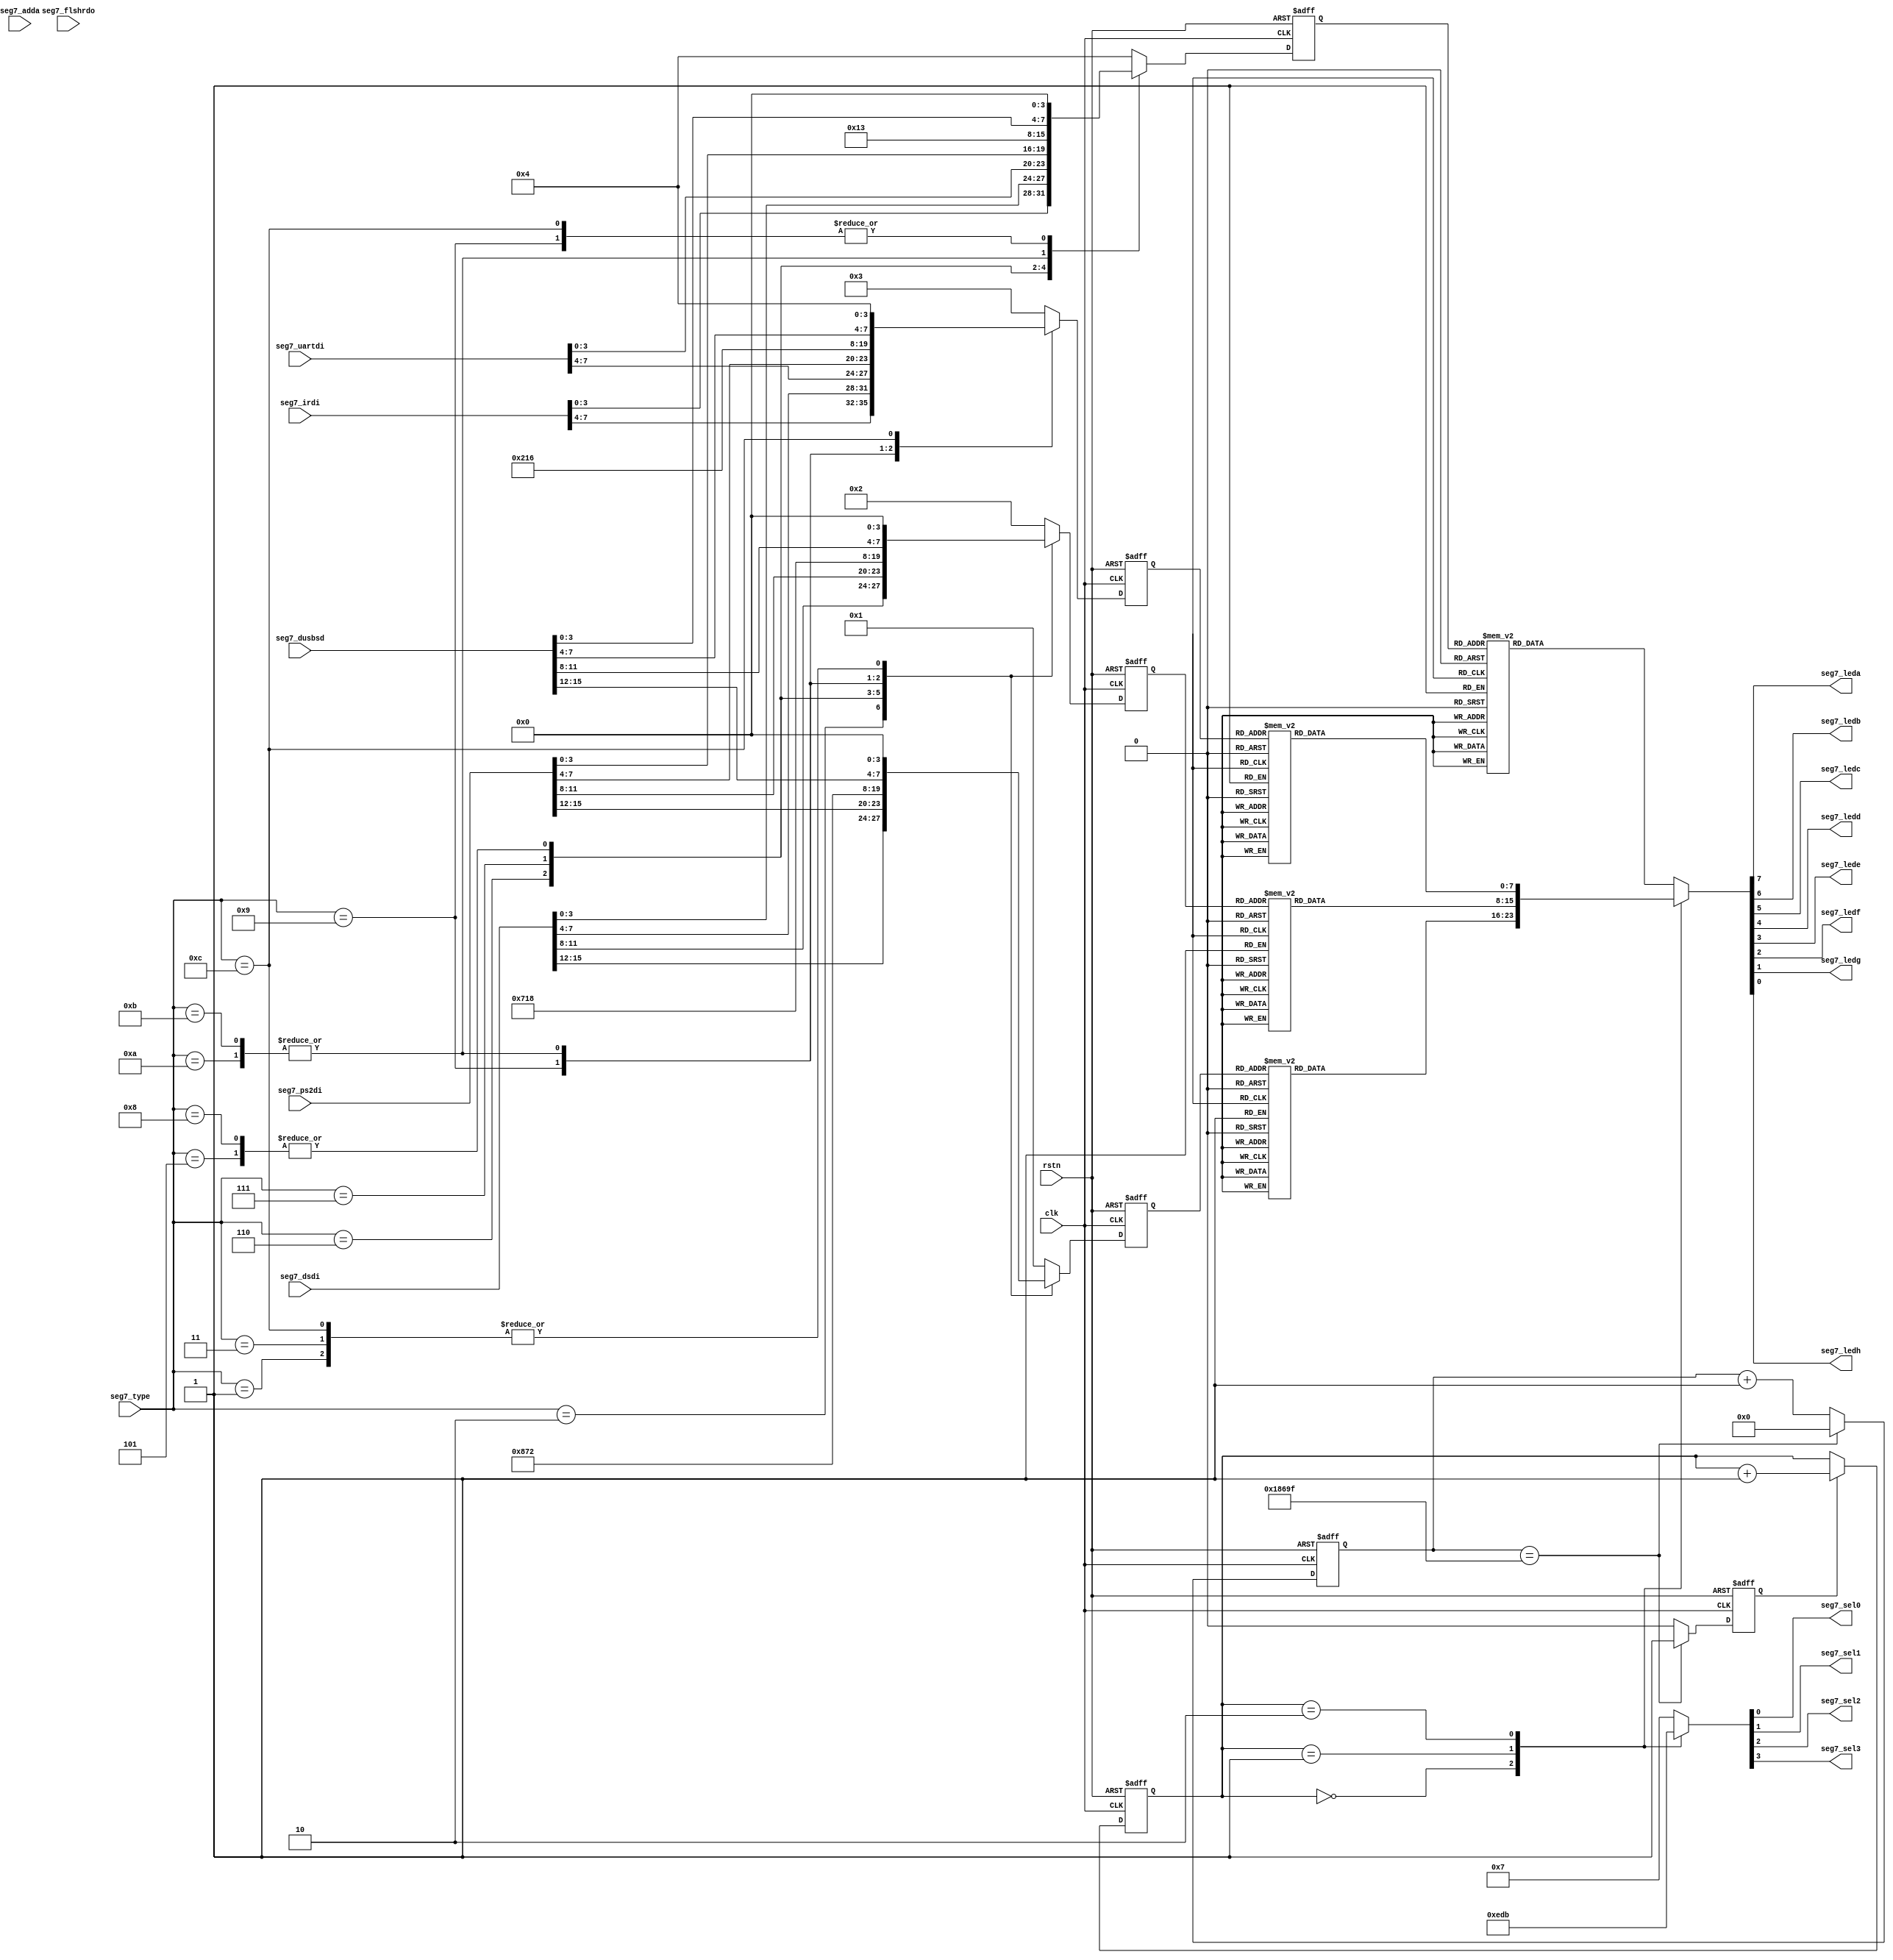
//====================================================================================

  //  Data             :     2013-03-10
  //  Rev              :     1.0
  //  HomePage         :     hevc265.taobao.com       
   
//====================================================================================
  


//====================================================================================



`timescale 1ns / 1ps


module seg7_led(
	       rstn,	
               clk,
               seg7_type, 
               seg7_adda,
               seg7_irdi,
               seg7_dsdi,
               seg7_uartdi,
               seg7_ps2di,
               seg7_flshrdo,
               seg7_dusbsd,

               seg7_leda,      
               seg7_ledb,
               seg7_ledc,
               seg7_ledd,
               seg7_lede,
               seg7_ledf,
               seg7_ledg,
               seg7_ledh,                  
               seg7_sel0,
               seg7_sel1,
               seg7_sel2,
               seg7_sel3                                  		  		  
	      );     
			  
			  
			  
input rstn;	
input clk;
input [3:0]seg7_type;
input [15:0]seg7_adda;
input [7:0]seg7_irdi;
input [15:0]seg7_dsdi;
input [7:0]seg7_uartdi;
input [15:0]seg7_ps2di;
input [15:0]seg7_flshrdo;
input [15:0]seg7_dusbsd;

output seg7_leda;      
output seg7_ledb;
output seg7_ledc;
output seg7_ledd;
output seg7_lede;
output seg7_ledf;
output seg7_ledg;
output seg7_ledh;                  
output seg7_sel0;
output seg7_sel1;
output seg7_sel2;
output seg7_sel3;


wire seg7_leda;      
wire seg7_ledb;
wire seg7_ledc;
wire seg7_ledd;
wire seg7_lede;
wire seg7_ledf;
wire seg7_ledg;
wire seg7_ledh;                  
wire seg7_sel0;
wire seg7_sel1;
wire seg7_sel2;
wire seg7_sel3;

//====================================================

reg time1ms;
reg [16:0]timecnt;
reg [5:0]tmscnt;


reg [1:0]ledsel;

reg [3:0]seg7_sel;
reg [7:0]seg7_dat;

reg [3:0]led_data0;
reg [3:0]led_data1;
reg [3:0]led_data2;
reg [3:0]led_data3;

reg [7:0]seg7_dat0;
reg [7:0]seg7_dat1;
reg [7:0]seg7_dat2;
reg [7:0]seg7_dat3;

//--assign seg7_leda = seg7_dat[0];      
//--assign seg7_ledb = seg7_dat[1];
//--assign seg7_ledc = seg7_dat[2];
//--assign seg7_ledd = seg7_dat[3];
//--assign seg7_lede = seg7_dat[4];
//--assign seg7_ledf = seg7_dat[5];
//--assign seg7_ledg = seg7_dat[6];
//--assign seg7_ledh = seg7_dat[7]; 

assign seg7_leda = seg7_dat[7];      
assign seg7_ledb = seg7_dat[6];
assign seg7_ledc = seg7_dat[5];
assign seg7_ledd = seg7_dat[4];
assign seg7_lede = seg7_dat[3];
assign seg7_ledf = seg7_dat[2];
assign seg7_ledg = seg7_dat[1];
assign seg7_ledh = seg7_dat[0]; 
                 
assign seg7_sel0 = seg7_sel[0];       //-- 
assign seg7_sel1 = seg7_sel[1];
assign seg7_sel2 = seg7_sel[2];
assign seg7_sel3 = seg7_sel[3];       //-- 


always @(posedge clk or negedge rstn)  
begin
     if(!rstn)
     	  begin
               timecnt <= 17'd0;
               time1ms <= 1'b0;
               tmscnt <= 6'd0;
               
               ledsel <= 2'd0;
     	  end
     else 
          begin
               if(timecnt==17'h1869f)       //-- when clk=100Mhz
                   begin
                        timecnt <= 17'd0;
                        time1ms <= 1'b1;    //-- 1ms; keep 1clk;
                   end
               else
                   begin
                        time1ms <= 1'b0;
                        timecnt <= timecnt + 1'b1;
                   end
        
          
               if(time1ms==1'b1)
                  begin
                       ledsel[1:0] <= ledsel[1:0] + 1'b1;
                  end
             
          end
end



always @ (ledsel[1:0])
begin
  case(ledsel[1:0])
    2'd0:     seg7_sel = 4'b1110;
    2'd1:     seg7_sel = 4'b1101;
    2'd2:     seg7_sel = 4'b1011;
    default:  seg7_sel = 4'b0111;
  endcase
end


always @ (ledsel[1:0] or seg7_dat0 or seg7_dat1 or seg7_dat2 or seg7_dat3)
begin
  case(ledsel[1:0])
    2'd0:     seg7_dat = seg7_dat0;       //--  =0
    2'd1:     seg7_dat = seg7_dat1; 
    2'd2:     seg7_dat = seg7_dat2; 
    default:  seg7_dat = seg7_dat3; 
  endcase
end


//================================


always @(posedge clk or negedge rstn) 
begin
     if(!rstn)
     	  begin
                led_data0 <= 4'd0;
                led_data1 <= 4'd0;
                led_data2 <= 4'd0;
                led_data3 <= 4'd0;
     	  end
     else
          begin
               case(seg7_type[3:0])
                  4'd0:                         //-- 
                       begin
                           led_data0 <= 4'h1;
                           led_data1 <= 4'h2;
                           led_data2 <= 4'h3;
                           led_data3 <= 4'h4;                       
                       end

                  4'd1:                         //-- 
                       begin
                           led_data0 <= 4'h0;
                           led_data1 <= 4'h0;
                           led_data2 <= seg7_irdi[7:4];
                           led_data3 <= seg7_irdi[3:0];                       
                       end

                  4'd2:                         //-- DS1302 RTC
                       begin
                           led_data0 <= seg7_dsdi[15:12];
                           led_data1 <= seg7_dsdi[11:8];
                           led_data2 <= seg7_dsdi[7:4];
                           led_data3 <= seg7_dsdi[3:0];                       
                       end

                  4'd3:                             //--               
                       begin
                           led_data0 <= 4'h0;
                           led_data1 <= 4'h0;
                           led_data2 <= seg7_uartdi[7:4];
                           led_data3 <= seg7_uartdi[3:0];                       
                       end 

                  4'd6:                        
                       begin
                           led_data0 <= seg7_ps2di[15:12];
                           led_data1 <= seg7_ps2di[11:8];
                           led_data2 <= seg7_ps2di[7:4];
                           led_data3 <= seg7_ps2di[3:0];                       
                       end

                  4'd5:                         
                       begin
                           led_data0 <= 4'h7;
                           led_data1 <= 4'h1;
                           led_data2 <= 4'h2;
                           led_data3 <= 4'h3;                       
                       end 
                                           

                  4'd7:                                 //--  WM8731
                       begin
                           led_data0 <= 4'h8;
                           led_data1 <= 4'h7;
                           led_data2 <= 4'h3;
                           led_data3 <= 4'h1;                       
                       end
                       
                  4'd8:                                //--  SAA7113H
                       begin
                           led_data0 <= 4'h7;
                           led_data1 <= 4'h1;
                           led_data2 <= 4'h1;
                           led_data3 <= 4'h3;                       
                       end     
                       
                  4'd9:                               //--  ENC28J60                    
                       begin
                           led_data0 <= 4'h2;
                           led_data1 <= 4'h8;
                           led_data2 <= 4'h6;
                           led_data3 <= 4'h0;                       
                       end  
                       
                  4'd10:                               //-- USB HOST                  
                       begin                                //-- USB 8888 
                           led_data0 <= seg7_dusbsd[15:12];   
                           led_data1 <= seg7_dusbsd[11:8];
                           led_data2 <= seg7_dusbsd[7:4];
                           led_data3 <= seg7_dusbsd[4:0];                       
                       end    
                       
                  4'd11:                               //-- SD                  
                       begin                                    //-- SD 6666 
                           led_data0 <= seg7_dusbsd[15:12];     
                           led_data1 <= seg7_dusbsd[11:8];      
                           led_data2 <= seg7_dusbsd[7:4];       
                           led_data3 <= seg7_dusbsd[4:0];                            
                       end                                                                                  

                  4'd12:                               //--  0034  34IO                  
                       begin
                           led_data0 <= 4'h0;
                           led_data1 <= 4'h0;
                           led_data2 <= 4'h4;
                           led_data3 <= 4'h0;                       
                       end  
                  
                  default:
                       begin
                           begin
                               led_data0 <= 4'h1;
                               led_data1 <= 4'h2;
                               led_data2 <= 4'h3;
                               led_data3 <= 4'h4;                       
                           end                       
                       end     
                      
                endcase
          
          end 
end





always @(led_data0[3:0])
begin
  case(led_data0[3:0])
    4'h0:     seg7_dat0 = 8'h03;
    4'h1:     seg7_dat0 = 8'h9f;       //--  =0
    4'h2:     seg7_dat0 = 8'h25; 
    4'h3:     seg7_dat0 = 8'h0d; 
    4'h4:     seg7_dat0 = 8'h99; 
    4'h5:     seg7_dat0 = 8'h49;
    4'h6:     seg7_dat0 = 8'h41;
    4'h7:     seg7_dat0 = 8'h1f;
    
    4'h8:      seg7_dat0 = 8'h01;   
    4'h9:      seg7_dat0 = 8'h09;
    4'ha:      seg7_dat0 = 8'h11;
    4'hb:      seg7_dat0 = 8'h01;
    4'hc:      seg7_dat0 = 8'h63;
    4'hd:      seg7_dat0 = 8'h03;
    4'he:      seg7_dat0 = 8'h21;
    4'hf:      seg7_dat0 = 8'h71;
  endcase
end



always @(led_data1[3:0])
begin
  case(led_data1[3:0])
    4'h0:     seg7_dat1 = 8'h03;
    4'h1:     seg7_dat1 = 8'h9f;       //--  =0
    4'h2:     seg7_dat1 = 8'h25; 
    4'h3:     seg7_dat1 = 8'h0d; 
    4'h4:     seg7_dat1 = 8'h99; 
    4'h5:     seg7_dat1 = 8'h49;
    4'h6:     seg7_dat1 = 8'h41;
    4'h7:     seg7_dat1 = 8'h1f;
    
    4'h8:     seg7_dat1 = 8'h01;   
    4'h9:     seg7_dat1 = 8'h09;
    4'ha:     seg7_dat1 = 8'h11;
    4'hb:     seg7_dat1 = 8'h01;
    4'hc:     seg7_dat1 = 8'h63;
    4'hd:     seg7_dat1 = 8'h03;
    4'he:     seg7_dat1 = 8'h61;
    4'hf:     seg7_dat1 = 8'h71;
  endcase
end 

always @(led_data2[3:0])
begin
  case(led_data2[3:0])
    4'h0:     seg7_dat2 = 8'h03;
    4'h1:     seg7_dat2 = 8'h9f;      //--  =0
    4'h2:     seg7_dat2 = 8'h25;
    4'h3:     seg7_dat2 = 8'h0d;
    4'h4:     seg7_dat2 = 8'h99; 
    4'h5:     seg7_dat2 = 8'h49;
    4'h6:     seg7_dat2 = 8'h41;
    4'h7:     seg7_dat2 = 8'h1f;
    
    4'h8:     seg7_dat2 = 8'h01;   
    4'h9:     seg7_dat2 = 8'h09;
    4'ha:     seg7_dat2 = 8'h11;
    4'hb:     seg7_dat2 = 8'h01;
    4'hc:     seg7_dat2 = 8'h63;
    4'hd:     seg7_dat2 = 8'h03;
    4'he:     seg7_dat2 = 8'h61;
    4'hf:     seg7_dat2 = 8'h71;
  endcase
end

always @(led_data3[3:0])
begin
  case(led_data3[3:0])
    4'h0:     seg7_dat3 = 8'h03;
    4'h1:     seg7_dat3 = 8'h9f;       //--  =0
    4'h2:     seg7_dat3 = 8'h25; 
    4'h3:     seg7_dat3 = 8'h0d; 
    4'h4:     seg7_dat3 = 8'h99; 
    4'h5:     seg7_dat3 = 8'h49;
    4'h6:     seg7_dat3 = 8'h41;
    4'h7:     seg7_dat3 = 8'h1f;
    
    4'h8:     seg7_dat3 = 8'h01;   
    4'h9:     seg7_dat3 = 8'h09;
    4'ha:     seg7_dat3 = 8'h11;
    4'hb:     seg7_dat3 = 8'h01;
    4'hc:     seg7_dat3 = 8'h63;
    4'hd:     seg7_dat3 = 8'h03;
    4'he:     seg7_dat3 = 8'h61;
    4'hf:     seg7_dat3 = 8'h71;
  endcase
end

	
endmodule